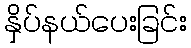
နှိပ်နယ်ပေးခြင်း